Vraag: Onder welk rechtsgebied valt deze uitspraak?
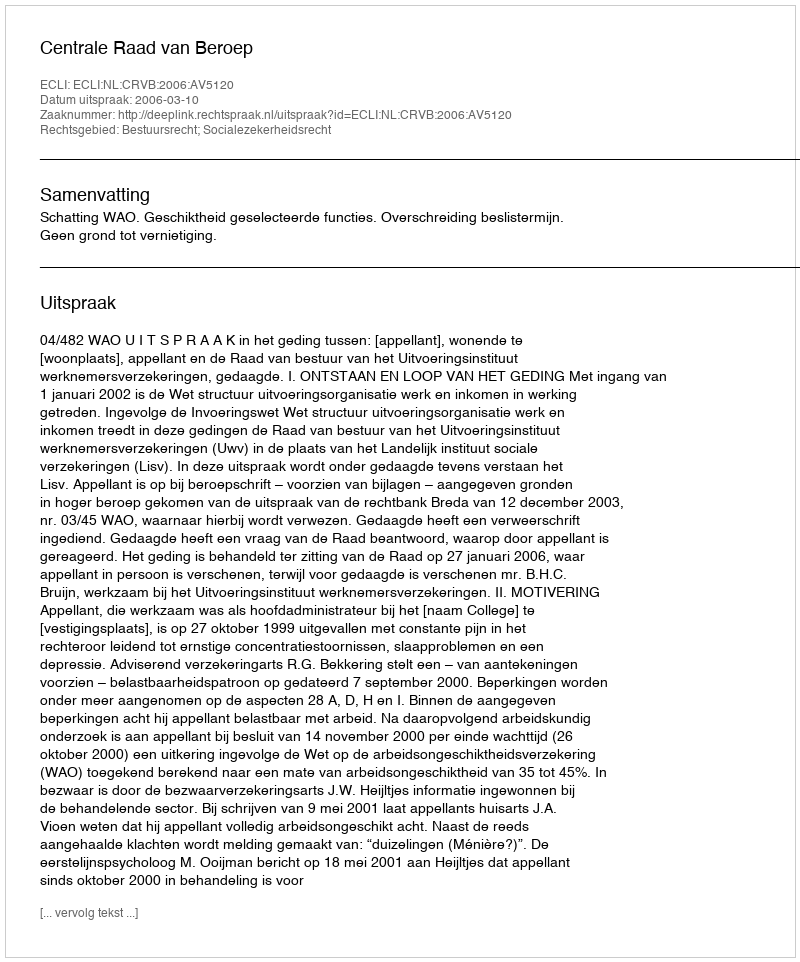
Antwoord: Bestuursrecht; Socialezekerheidsrecht